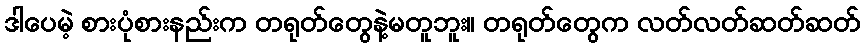
ဒါပေမဲ့ စားပုံစားနည်းက တရုတ်တွေနဲ့မတူဘူး။ တရုတ်တွေက လတ်လတ်ဆတ်ဆတ်